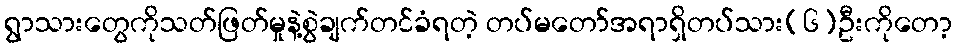
ရွာသားတွေကိုသတ်ဖြတ်မှုနဲ့စွဲချက်တင်ခံရတဲ့ တပ်မတော်အရာရှိတပ်သား(၆)ဦးကိုတော့